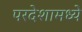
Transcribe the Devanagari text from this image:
परदेशामध्ये